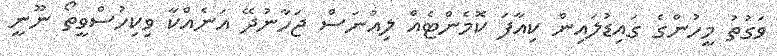
ވަގުތު މީހުންގެ ގައިޑުލައިން ކިއާފަ ކޮމެންޓެއް ލިއުނަސް ޖަހާނުދޭ އަނެއްކާ ވިކިހުސްވީތޯ ނޫނީ